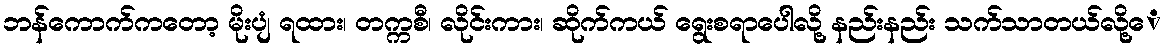
ဘန်ကောက်ကတော့ မိုးပျံ ရထား၊ တက္ကစီ၊ လိုင်းကား၊ ဆိုက်ကယ် ရွေးစရာပေါလို့ နည်းနည်း သက်သာတယ်လို့ေ